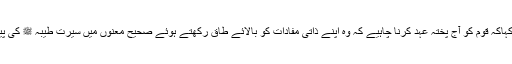
وزیراعظم نے کہاکہ قوم کو آج پختہ عہد کرنا چاہیے کہ وہ اپنے ذاتی مفادات کو بالائے طاق رکھتے ہوئے صحیح معنوں میں سیرت طیبہ ﷺ کی پیروی کرے گی۔